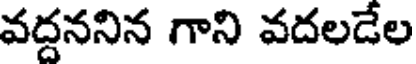
వద్దననిన గాని వదలడేల